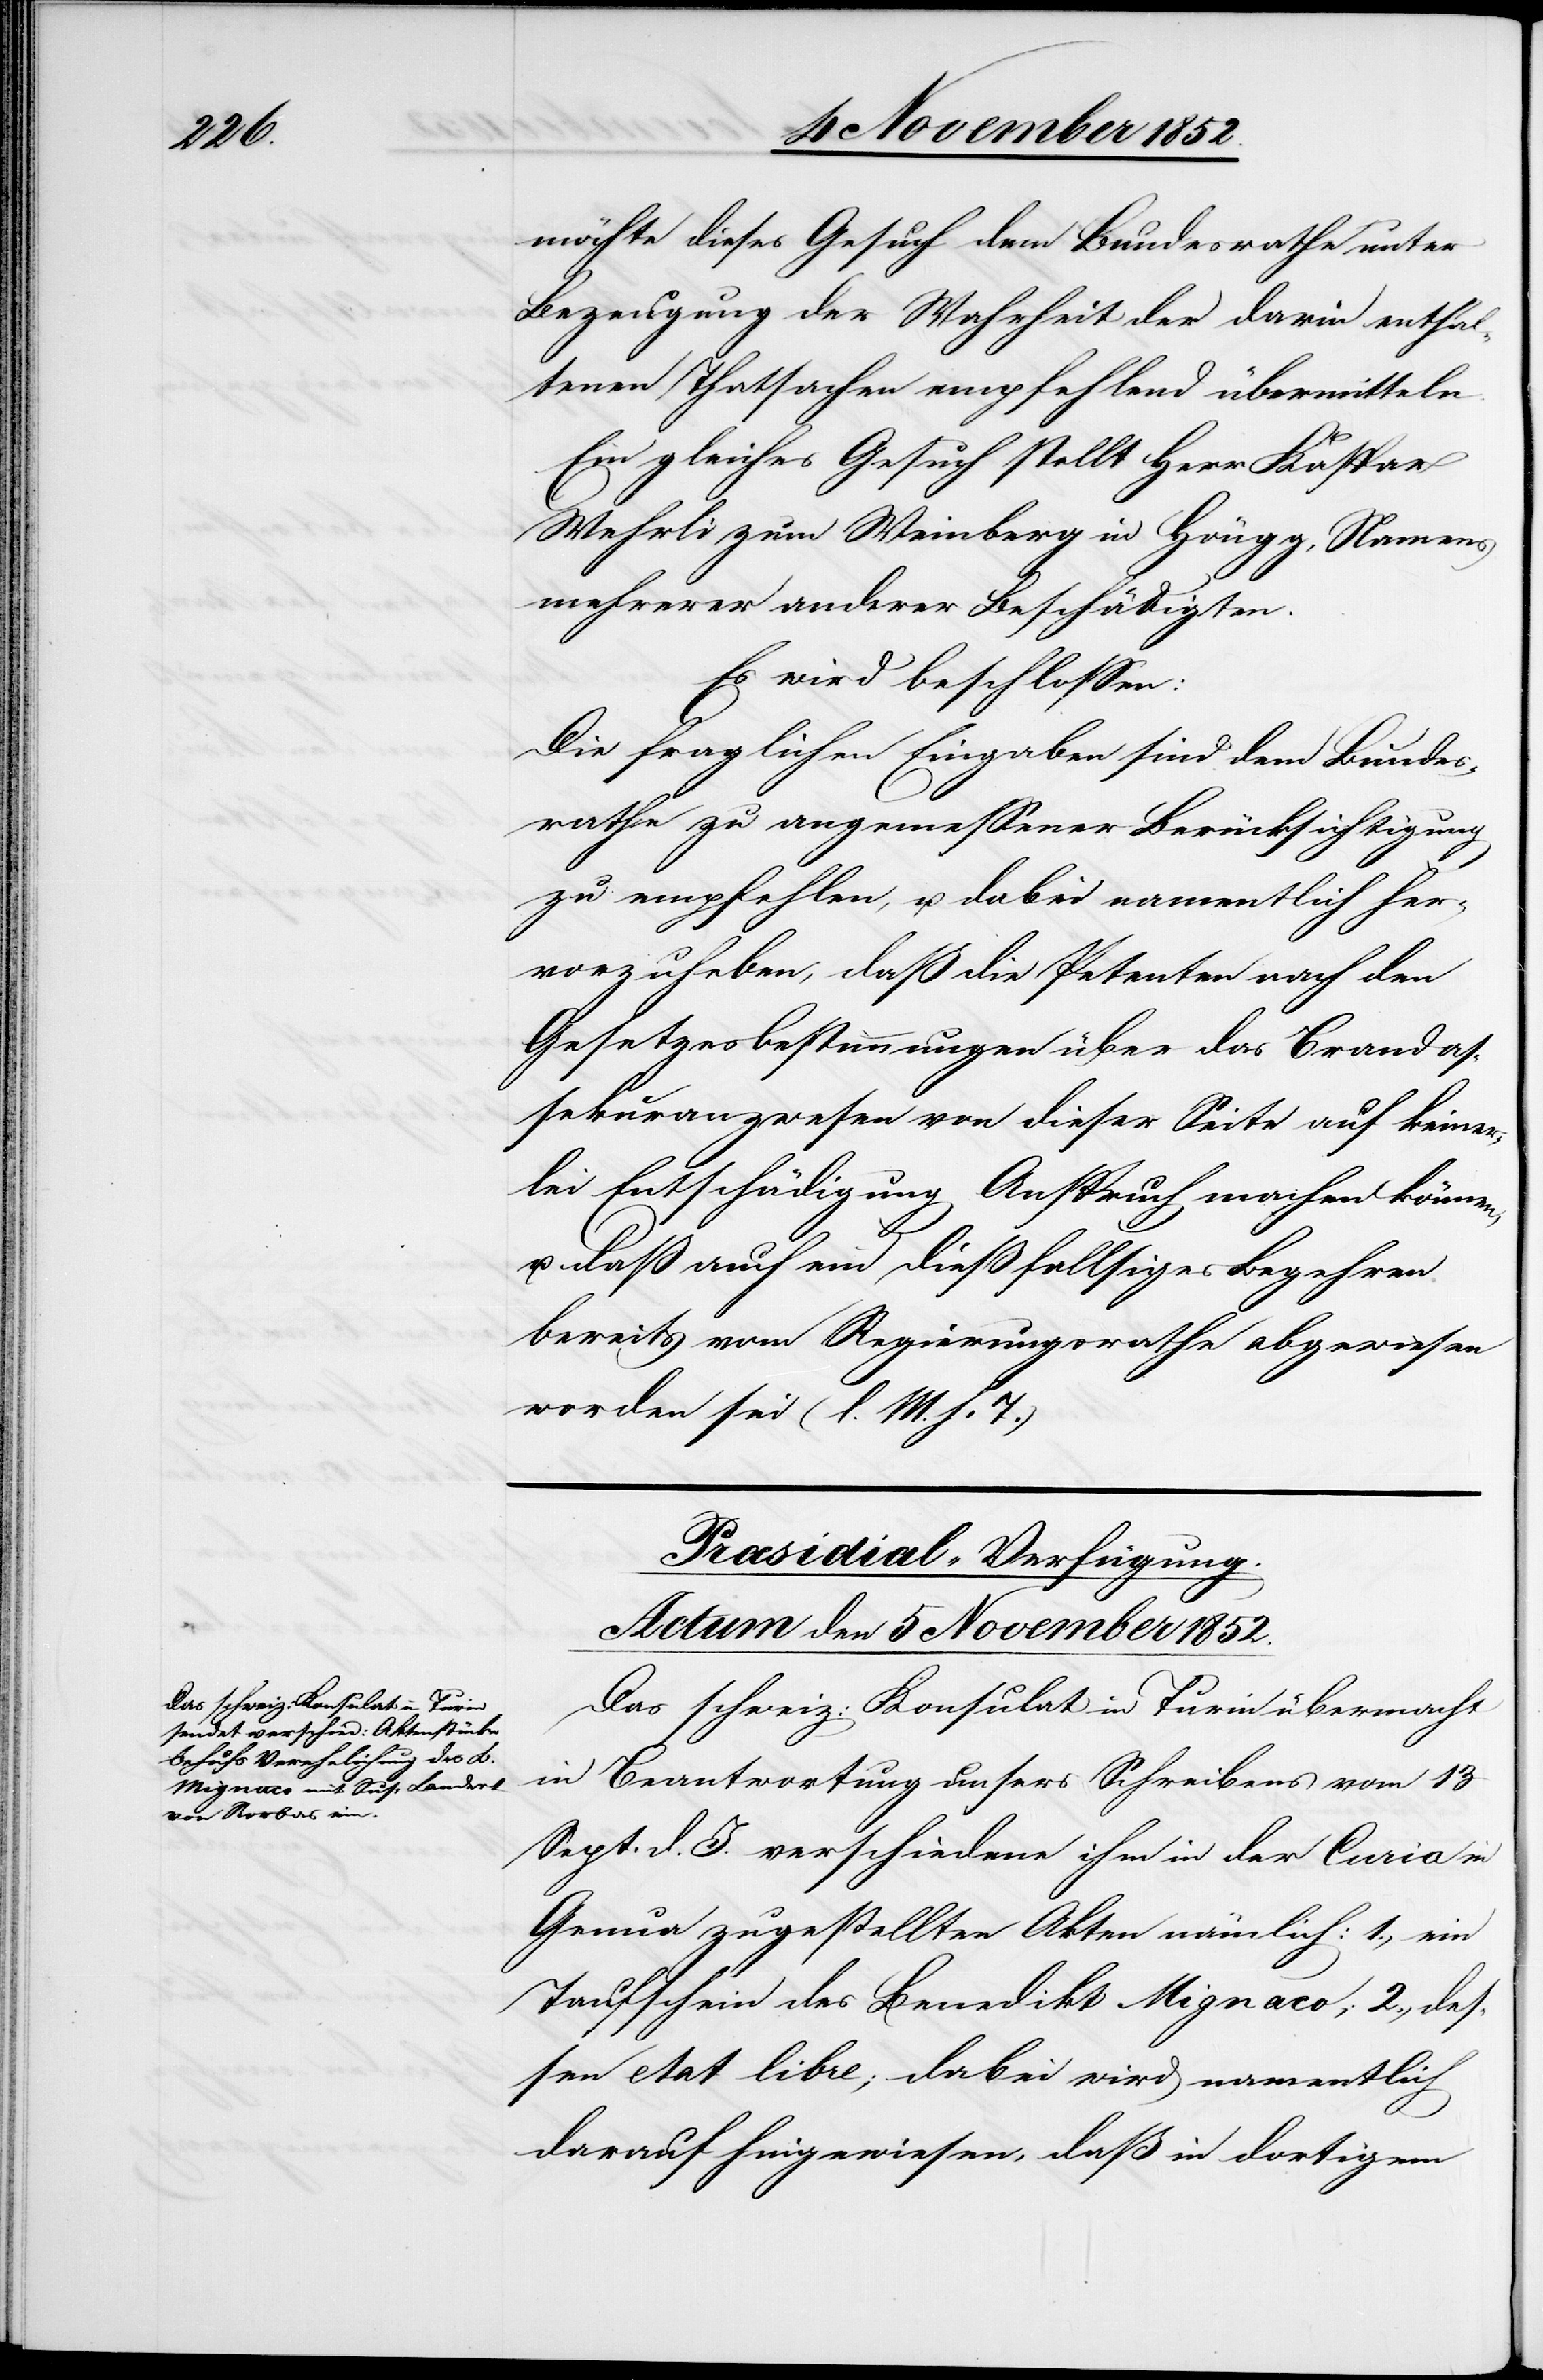
möchte dieses Gesuch dem Bundesrathe unter
Bezeugung der Wahrheit der darin enthal¬
tenen Thatsachen empfehlend übermitteln.
Ein gleiches Gesuch stellt Herr Kaspar
Wehrli zum Weinberg in Höngg, Namens
mehrerer anderer Beschädigten.
Es wird beschlossen:
Die fraglichen Eingaben sind dem Bundes¬
rathe zu angemessener Berücksichtigung
zu empfehlen, u. dabei namentlich her¬
vorzuheben, daß die Petenten nach den
Gesetzesbestimmungen über das Brandas¬
sekuranzwesen von dieser Seite auf keiner¬
lei Entschädigung Anspruch machen können,
u. daß auch ein dießfallsiges Begehren
bereits vom Regierungsrathe abgewiesen
worden sei (l. M. h. T.)
Præsidial-Verfügung.
Actum den 5 November 1852.
Das schweiz: Konsulat in Turin übermacht
in Beantwortung unsers Schreibens vom 13
Sept. d. J. verschiedene ihm in der Curia in
Genua zugestellten Akten nämlich: 1., ein
Taufschein des Benedikt Mignaco; 2., des¬
sen etat libre; dabei wird namentlich
darauf hingewiesen, daß in dortigem